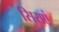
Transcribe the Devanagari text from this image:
सिराएं